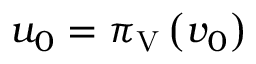
u _ { 0 } = \pi _ { \mathrm { V } } \left( v _ { 0 } \right)